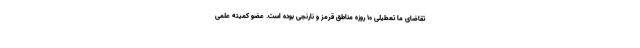
تقاضای ما تعطیلی ۱۰ روزه مناطق قرمز و نارنجی بوده است. عضو کمیته علمی